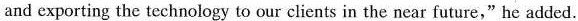
and cxporting the technology to our clients in the near futare," he added.